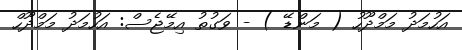
އަހުމަދު މަމްދޫހު ( މަންޑޭ ) - ވަގުތު އިމޭޖެސް: އަހުމަދު މަމްދޫހް